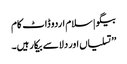
بیگو | سلام اردو ڈاٹ کام
’’تسلیاں اور دلاسے بیکار ہیں۔